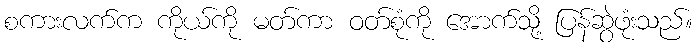
စကားလက်က ကိုယ်ကို မတ်ကာ ဝတ်စုံကို အောက်သို့ ပြန်ဆွဲဖုံးသည်။